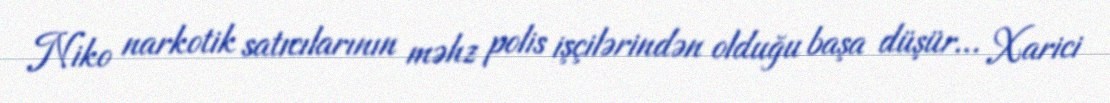
Niko narkotik satıcılarının məhz polis işçilərindən olduğu başa düşür... Xarici